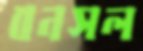
বনসল